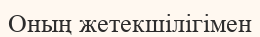
Оның жетекшілігімен